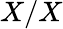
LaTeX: X/X